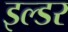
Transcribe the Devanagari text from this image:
इल्डर